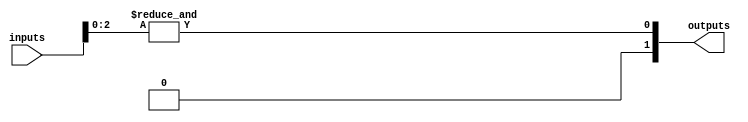
module jewel_pal #(
    parameter NUM_INPUTS = 4,   // Number of inputs (A, B, C, ..., N)
    parameter NUM_OUTPUTS = 2,   // Number of outputs (Y1, Y2, ..., Ym)
    parameter NUM_AND_GATES = 4,  // Number of programmable AND gates
    parameter MAX_AND_INPUTS = 3   // Maximum number of inputs per AND gate
)(
    input wire [NUM_INPUTS-1:0] inputs, // Input signals
    output wire [NUM_OUTPUTS-1:0] outputs // Output signals
);

// Define a programmable AND array
reg [NUM_AND_GATES-1:0] and_enable; // Control signals to enable each AND gate
reg [NUM_INPUTS-1:0] and_inputs [0:NUM_AND_GATES-1]; // Inputs for each AND gate
wire [NUM_AND_GATES-1:0] and_outputs; // Outputs from each AND gate

// Define the fixed OR array
wire [NUM_OUTPUTS-1:0] or_outputs [0:NUM_OUTPUTS-1]; // Outputs from OR gates

// AND gates implementation
genvar i, j;
generate
    for (i = 0; i < NUM_AND_GATES; i = i + 1) begin: and_gate
        assign and_outputs[i] = and_enable[i] ? &and_inputs[i] : 1'b0;
    end
endgenerate

// OR gates implementation
generate
    for (i = 0; i < NUM_OUTPUTS; i = i + 1) begin: or_gate
        assign outputs[i] = |or_outputs[i];
    end
endgenerate

// Example programming function for AND gates
// This can be customized based on the desired truth table
always @* begin
    // Example programming logic (this would typically be programmed via some external method)
    and_enable[0] = 1'b1; // Enable first AND gate
    and_enable[1] = 1'b1; // Enable second AND gate
    and_enable[2] = 1'b0; // Disable third AND gate
    and_enable[3] = 1'b0; // Disable fourth AND gate

    // Connect inputs to AND gates (customize this as necessary)
    and_inputs[0] = {1'b0, inputs[1:0]}; // Example connection to AND gate 0
    and_inputs[1] = {1'b1, inputs[2:0]}; // Example connection to AND gate 1
    and_inputs[2] = {NUM_INPUTS{1'b0}};   // Example connection to AND gate 2 (disabled)
    and_inputs[3] = {NUM_INPUTS{1'b0}};   // Example connection to AND gate 3 (disabled)
    
    // Connect outputs of AND gates to OR outputs
    or_outputs[0] = {and_outputs[0], and_outputs[1]}; // Example connection to output Y1
    or_outputs[1] = {and_outputs[0]};                 // Example connection to output Y2
end

endmodule